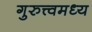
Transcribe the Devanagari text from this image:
गुरुत्त्वमध्य